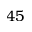
4 5